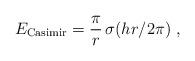
LaTeX: \begin{align*}E_{\rm Casimir} = {\pi\over r}\,\sigma({hr/2\pi}) \ ,\end{align*}